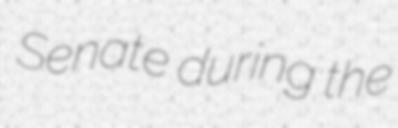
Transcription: Senate during the